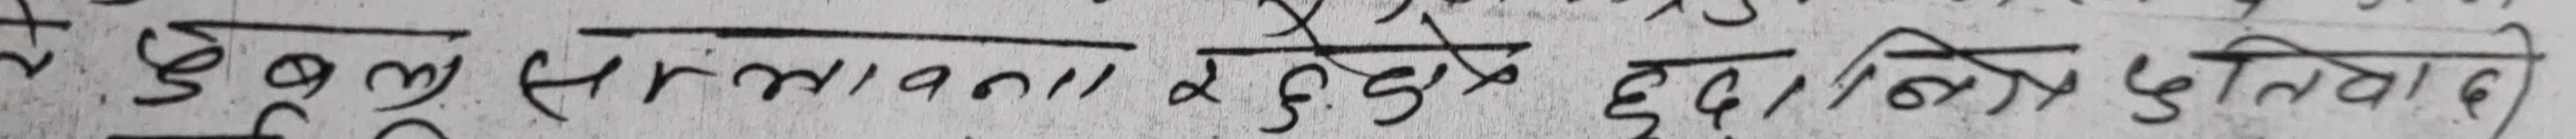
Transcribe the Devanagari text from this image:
दुबुल सन्सताबना रहनुदे हुदा। निपुर्तियाद।